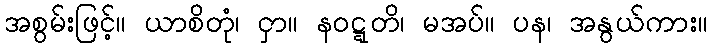
အစွမ်းဖြင့်။ ယာစိတုံ၊ ငှာ။ နဝဋ္ဋတိ၊ မအပ်။ ပန၊ အနွယ်ကား။